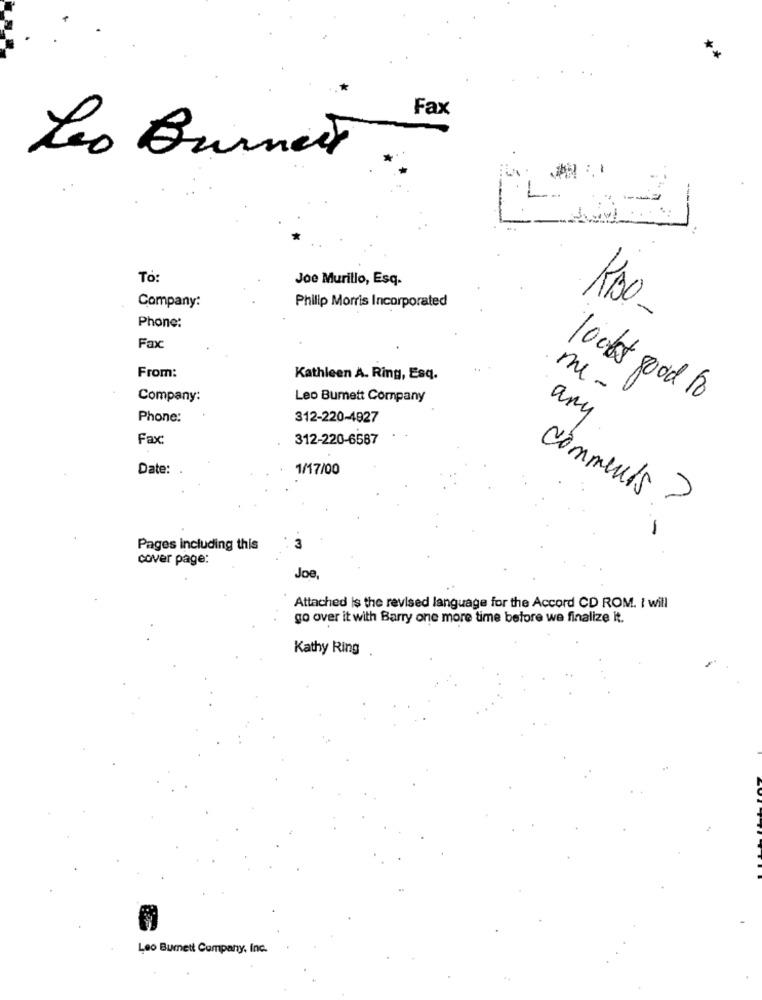
Fax
Leo Burnett
To:
Joe Murillo, Esq.
Philip Morris Incorporated
Company:
RABO
Phone:
Fax:
From:
Kathleen A. Ring, Esq.
mi-
Company:
Leo Burnett Company
looks good to
Phone:
312-220-4927
any
Fax:
312-220-6587
Date:
1/17/00
comments ?
Pages including this
3
cover page:
Joe,
Attached is the revised language for the Accord CD ROM. I will
go over it with Barry one more time before we finalize it.
Kathy Ring
Leo Bumett Company, Inc.